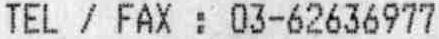
TEL / FAX : 03-62636977